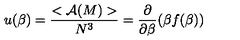
u ( \beta ) = \frac { < { \cal A } ( M ) > } { N ^ { 3 } } = \frac { \partial } { \partial \beta } ( \beta f ( \beta ) )